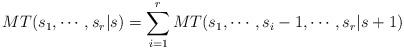
LaTeX: \begin{align*} MT(s_1,\cdots,s_r|s) = \sum_{i=1}^r MT(s_1,\cdots,s_i-1,\cdots,s_r|s+1) \end{align*}